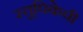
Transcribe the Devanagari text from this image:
स्तूपिकेची